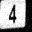
Digit: 4